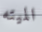
الميته